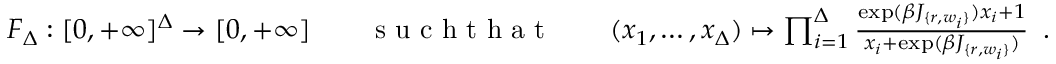
\begin{array} { r l r l r } { F _ { \Delta } : [ 0 , + \infty ] ^ { \Delta } \to [ 0 , + \infty ] } & { } & { \textrm { s u c h t h a t } } & { } & { ( x _ { 1 } , \ldots , x _ { \Delta } ) \mapsto \prod _ { i = 1 } ^ { \Delta } \frac { \exp ( \beta J _ { \{ r , w _ { i } \} } ) { x } _ { i } + 1 } { { x } _ { i } + \exp ( \beta J _ { \{ r , w _ { i } \} } ) } \enspace . } \end{array}